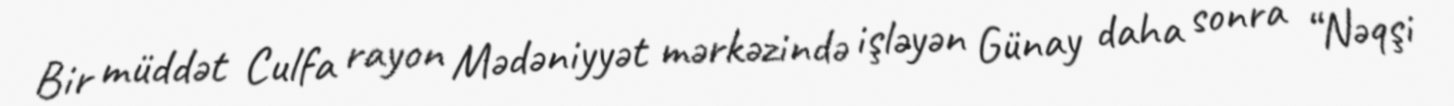
Bir müddət Culfa rayon Mədəniyyət mərkəzində işləyən Günay daha sonra “Nəqşi